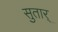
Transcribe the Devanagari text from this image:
सुतार्